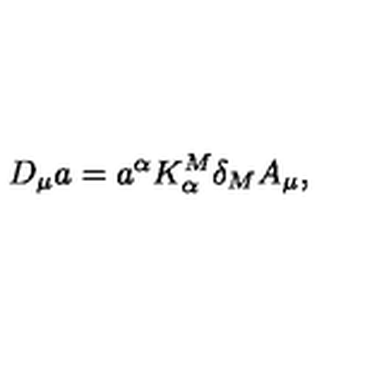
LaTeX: D _ { \mu } a = a ^ { \alpha } K _ { \alpha } ^ { M } \delta _ { M } A _ { \mu } ,